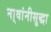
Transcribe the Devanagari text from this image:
ना्वांनीसुद्धा